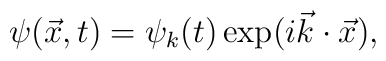
\psi({\vec x},t)=\psi_k(t)\exp(i{\vec k}\cdot{\vec x}),